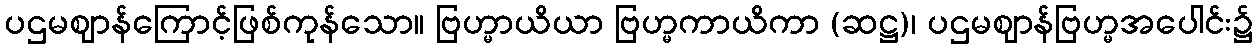
ပဌမဈာန်ကြောင့်ဖြစ်ကုန်သော။ ဗြဟ္မာယိယာ ဗြဟ္မကာယိကာ (ဆဋ္ဌ)၊ ပဌမဈာန်ဗြဟ္မအပေါင်း၌